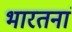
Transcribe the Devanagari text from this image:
भारतनां